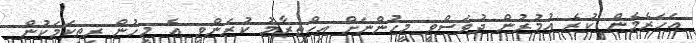
އަހަރެމެން ކުރެ ޢުމުރުން ދުވަސްވީ މީހުންނަށް އިޙްތިރާމު ކުރަންވީ އެ މީހުން ރީތިކަމަކުން